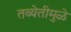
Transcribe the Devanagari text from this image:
तब्येतीमुळे